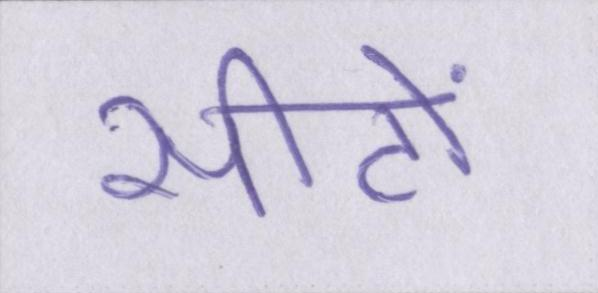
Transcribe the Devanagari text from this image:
सीटों